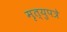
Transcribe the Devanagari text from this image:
मृत्युपत्रे